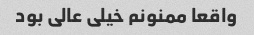
واقعا ممنونم خیلی عالی بود